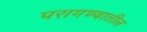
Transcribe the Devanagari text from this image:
परागण्यातील